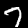
Label: 7